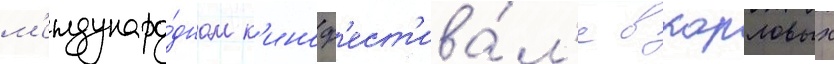
м'еждунаро́дном к'иноф'ест'ива́л'е в карловых